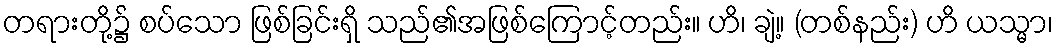
တရားတို့၌ စပ်သော ဖြစ်ခြင်းရှိ သည်၏အဖြစ်ကြောင့်တည်း။ ဟိ၊ ချဲ့။ (တစ်နည်း) ဟိ ယသ္မာ၊